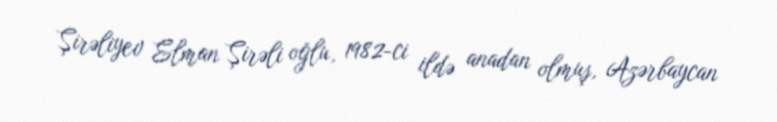
Şirəliyev Elman Şirəli oğlu, 1982-ci ildə anadan olmuş, Azərbaycan